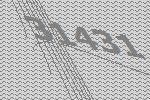
31431